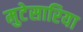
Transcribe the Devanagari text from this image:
मुटेसारिया